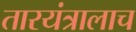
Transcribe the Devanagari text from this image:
तारयंत्रालाच